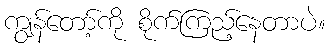
ကျွန်တော့်ကို စိုက်ကြည့်နေတာပဲ။